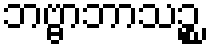
ဘဗ္ဗာဘာသဉ္စ